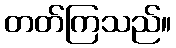
တတ်ကြသည်။